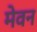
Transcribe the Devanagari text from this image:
मेवन